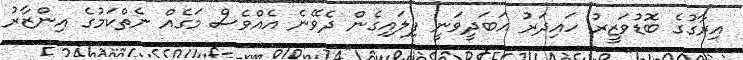
އިރާގުގެ ބޮޑުވަޒީރު ހައިދަރު އަބަދީވަނީ ފިލައިގެން ދެވޭނެ އެއްވެސް މަގެއް ނެތްކަމުގެ އިންޒާރު